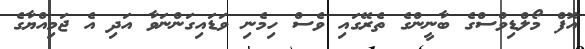
އޮފް މޯލްޑިވްސްގެ ބާނީންގެ ތެރޭގައި ވެސް ހިމެނި ވަޑައިގަންނަވާ އަދި އެ ޖަމިއްޔާގެ